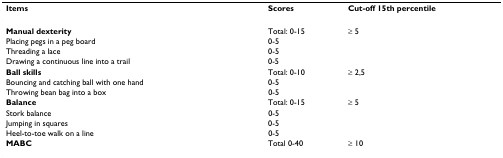
| Items | Scores | Cut-off 15th percentile |
 | --- | --- | --- |
 | Manual dexterity | Total: 0-15 | ≥ 5 |
 | Placing pegs in a peg board | 0-5 |  |
 | Threading a lace | 0-5 |  |
 | Drawing a continuous line into a trail | 0-5 |  |
 | Ball skills | Total: 0-10 | ≥ 2,5 |
 | Bouncing and catching ball with one hand | 0-5 |  |
 | Throwing bean bag into a box | 0-5 |  |
 | Balance | Total: 0-15 | ≥ 5 |
 | Stork balance | 0-5 |  |
 | Jumping in squares | 0-5 |  |
 | Heel-to-toe walk on a line | 0-5 |  |
 | MABC | Total 0-40 | ≥ 10 |